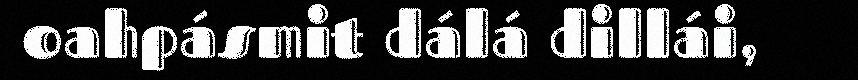
oahpásmit dálá dillái,